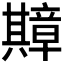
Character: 𫤴